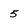
Character: 5